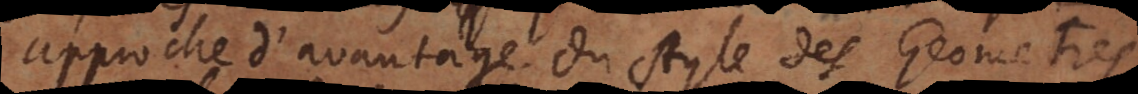
approche d’avantage du style des Geometres